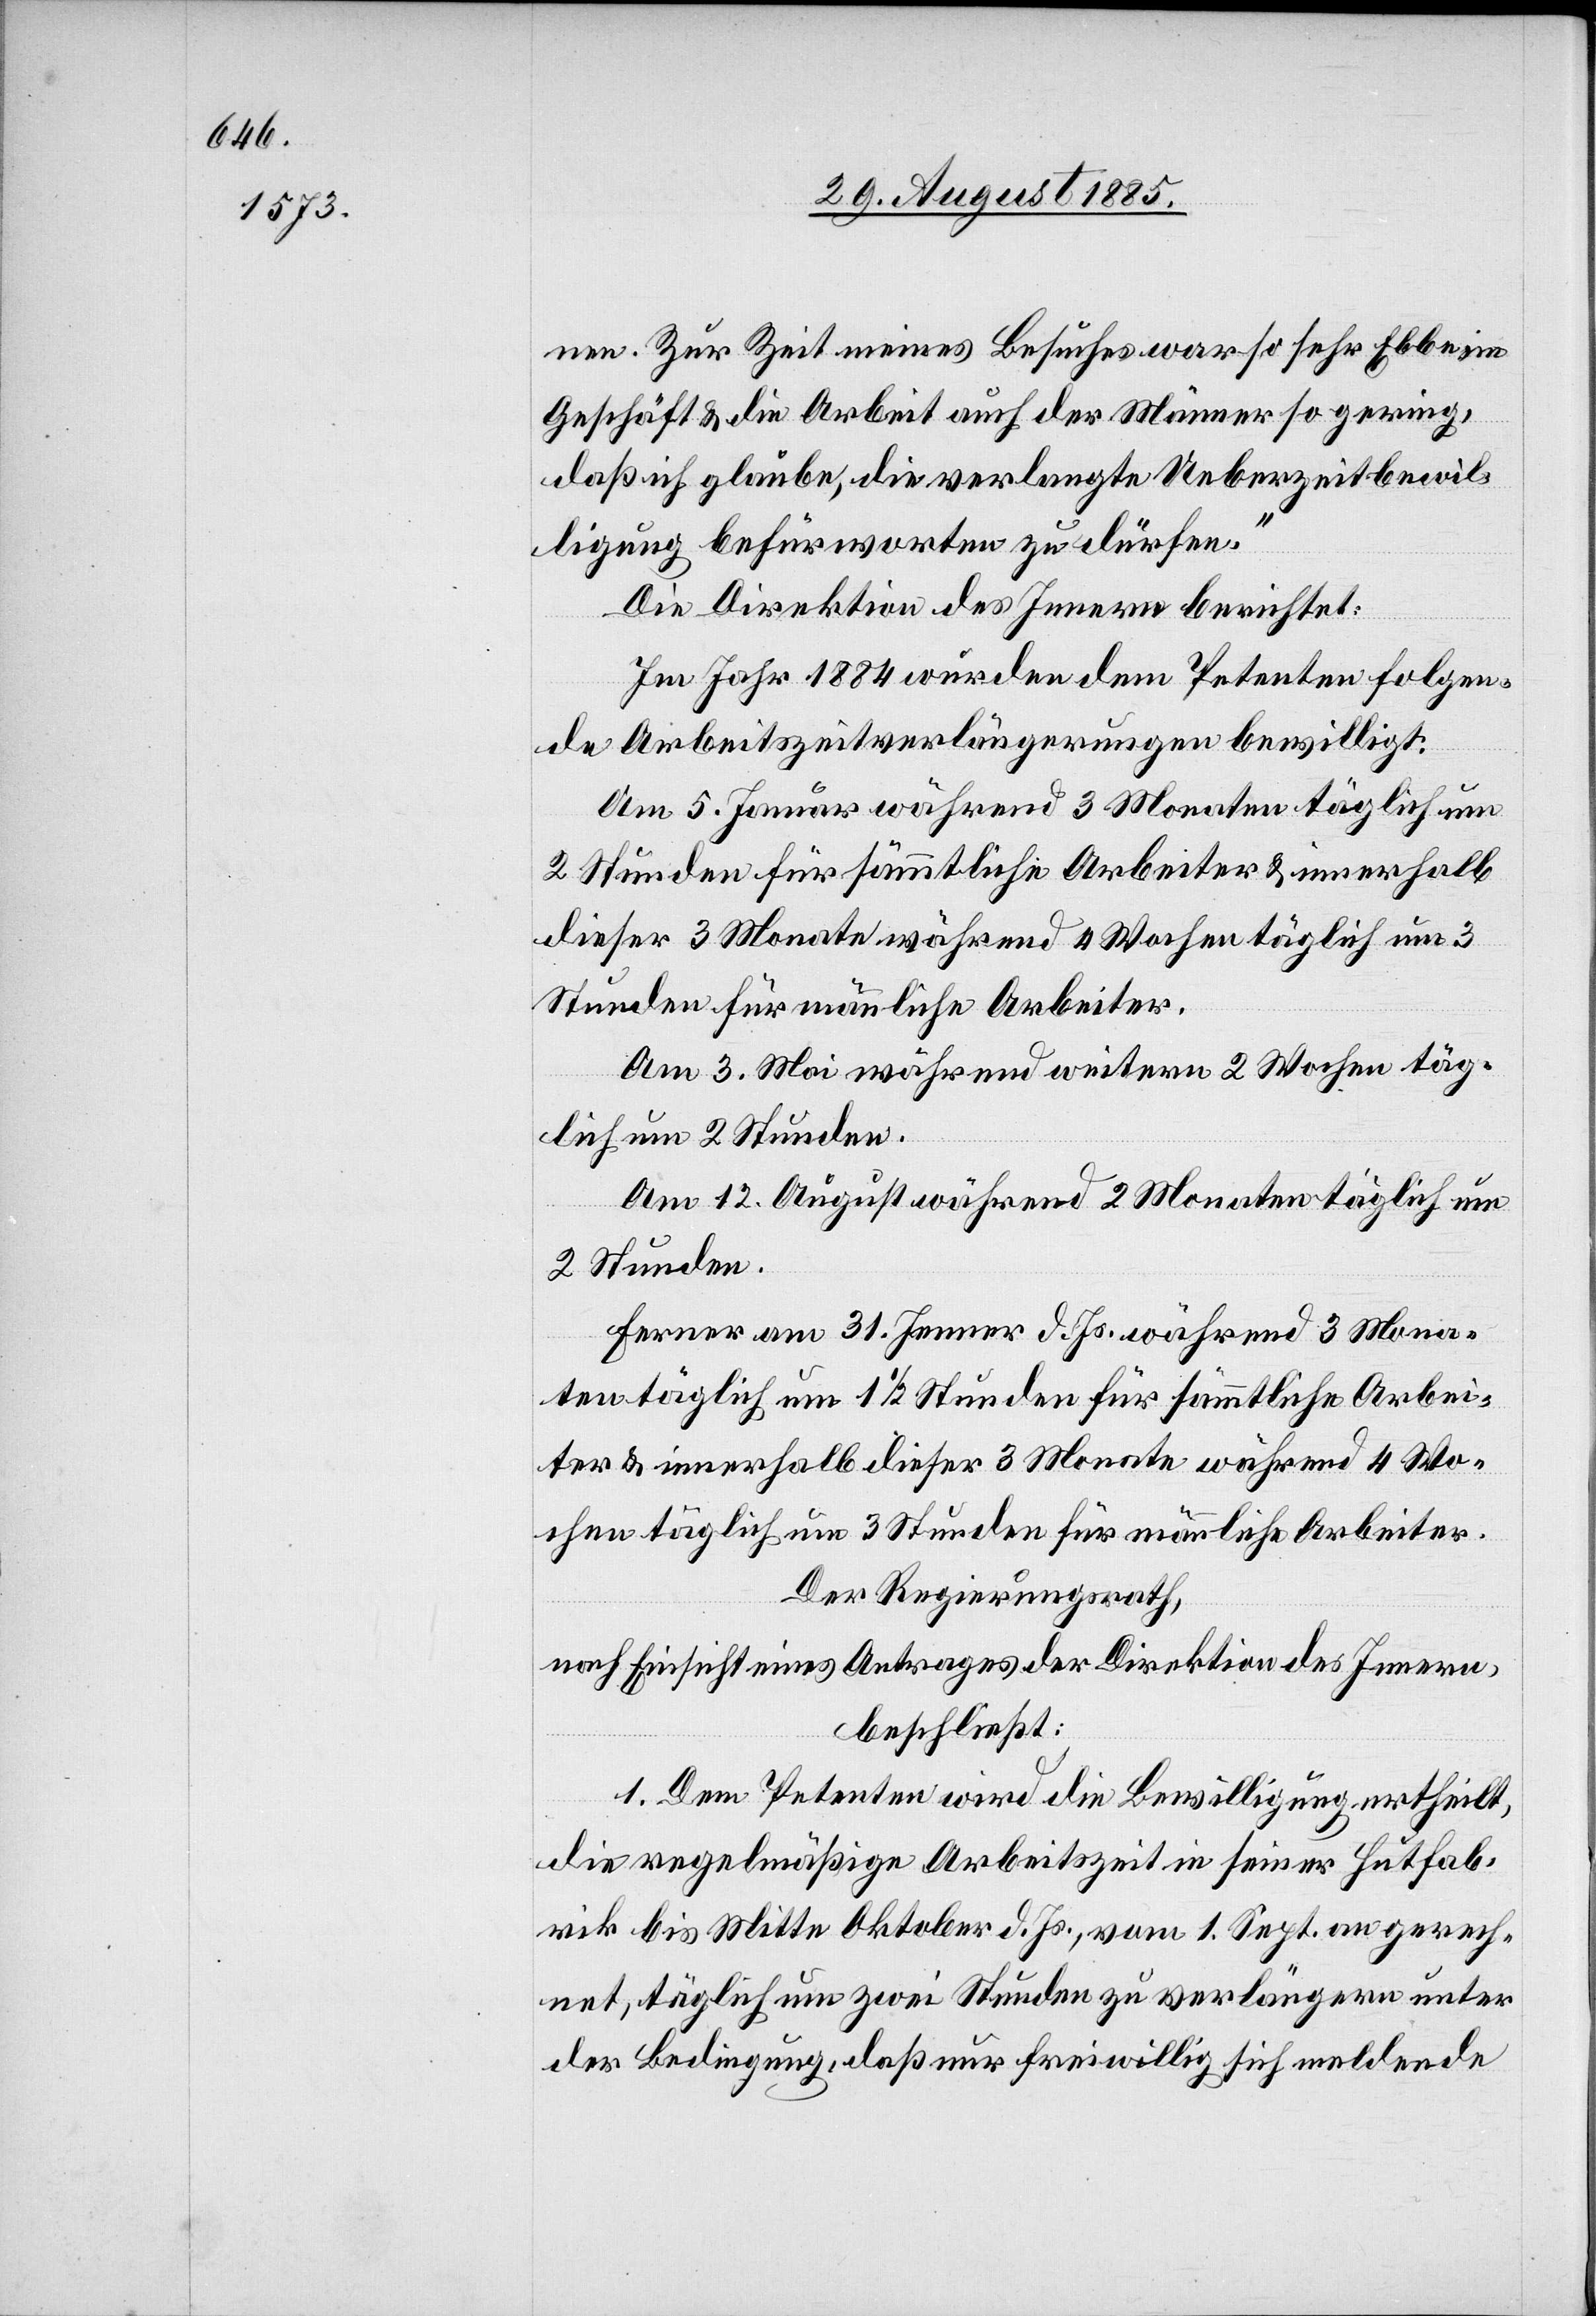
nen. Zur Zeit meines Besuches war so sehr Ebbe im
Geschäft & die Arbeit auch der Männer so gering,
daß ich glaube, die verlangte Ueberzeitbewil¬
ligung befürworten zu dürfen.“
Die Direktion des Innern berichtet:
Im Jahr 1884 wurden dem Petenten folgen¬
de Arbeitszeitverlängerungen bewilligt:
Am 5. Januar während 3 Monaten täglich um
2 Stunden für sämmtliche Arbeiter & innerhalb
dieser 3 Monate während 4 Wochen täglich um 3
Stunden für männliche Arbeiter.
Am 3. Mai während weitern 2 Wochen täg¬
lich um 2 Stunden.
Am 12. August während 2 Monaten täglich um
2 Stunden.
Ferner am 31. Jenner d. Js. während 3 Mona¬
ten täglich um 1 1/2 Stunden für sämmtliche Arbei¬
ter & innerhalb dieser 3 Monate während 4 Wo¬
chen täglich um 3 Stunden für männliche Arbeiter.
Der Regierungsrath,
nach Einsicht eins Antrages der Direktion des Innern,
beschließt:
1. Dem Petenten wird die Bewilligung ertheilt,
die regelmäßige Arbeitszeit in seiner Hutfab¬
rik bis Mitte Oktober d. Js., vom 1. Sept. an gerech¬
net, täglich um zwei Stunden zu verlängern unter
der Bedingung, daß nur freiwillig sich meldende